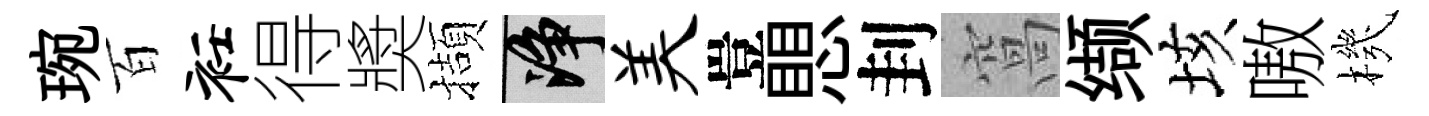
琬百衽得奬擷净美豈愳刲窩缬垓嗷機